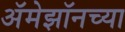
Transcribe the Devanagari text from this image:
अॅमेझॉनच्या